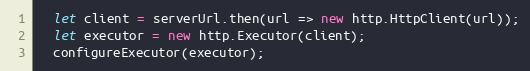
Language: JavaScript
  let client = serverUrl.then(url => new http.HttpClient(url));
  let executor = new http.Executor(client);
  configureExecutor(executor);